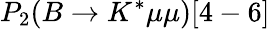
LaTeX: P_{2}(B\to K^{*}\mu\mu)[4-6]